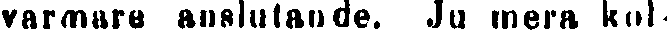
varmare anslutande. Ju mera kol-